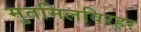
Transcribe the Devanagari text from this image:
मुतमिलविरहर